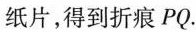
纸片，得到折痕PQ.